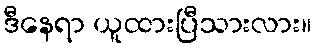
ဒီနေရာ ယူထားပြီသားလား။